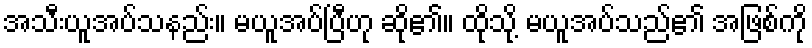
အသီးယူအပ်သနည်း။ မယူအပ်ပြီဟု ဆို၏။ ထိုသို့ မယူအပ်သည်၏ အဖြစ်ကို